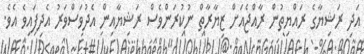
އަދި ރަޝިޔާގެ ރައްޔިތުން ރާއްޖެއަށް ޒިޔާރާތް ނުކުރަންވެސް ރަޝިޔާއިން އެދުވަސްވަރު އެދިފައިވެ އެވެ.